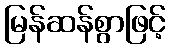
မြန်ဆန်စွာဖြင့်